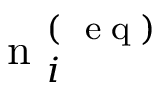
\mathrm { ~ n ~ } _ { i } ^ { ( \mathrm { ~ \tiny ~ e ~ q ~ } ) }